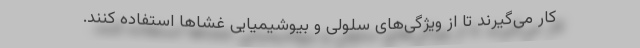
کار می‌گیرند تا از ویژگی‌های سلولی و بیوشیمیایی غشاها استفاده کنند.